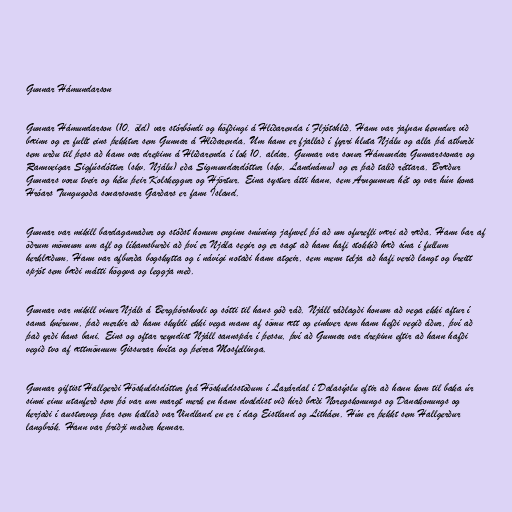
Gunnar Hámundarson

Gunnar Hámundarson (10. öld) var stórbóndi og höfðingi á Hlíðarenda í Fljótshlíð. Hann var jafnan kenndur við
bæinn og er fullt eins þekktur sem Gunnar á Hlíðarenda. Um hann er fjallað í fyrri hluta Njálu og alla þá atburði
sem urðu til þess að hann var drepinn á Hlíðarenda í lok 10. aldar. Gunnar var sonur Hámundar Gunnarssonar og
Rannveigar Sigfúsdóttur (skv. Njálu) eða Sigmundardóttur (skv. Landnámu) og er það talið réttara. Bræður
Gunnars voru tveir og hétu þeir Kolskeggur og Hjörtur. Eina systur átti hann, sem Arngunnur hét og var hún kona
Hróars Tungugoða sonarsonar Garðars er fann Ísland.

Gunnar var mikill bardagamaður og stóðst honum enginn snúning jafnvel þó að um ofurefli væri að ræða. Hann bar af
öðrum mönnum um afl og líkamsburði að því er Njála segir og er sagt að hann hafi stokkið hæð sína í fullum
herklæðum. Hann var afburða bogskytta og í návígi notaði hann atgeir, sem menn telja að hafi verið langt og breitt
spjót sem bæði mátti höggva og leggja með.

Gunnar var mikill vinur Njáls á Bergþórshvoli og sótti til hans góð ráð. Njáll ráðlagði honum að vega ekki aftur í
sama knérunn, það merkir að hann skyldi ekki vega mann af sömu ætt og einhver sem hann hefði vegið áður, því að
það yrði hans bani. Eins og oftar reyndist Njáll sannspár í þessu, því að Gunnar var drepinn eftir að hann hafði
vegið tvo af ættmönnum Gissurar hvíta og þeirra Mosfellinga.

Gunnar giftist Hallgerði Höskuldsdóttur frá Höskuldsstöðum í Laxárdal í Dalasýslu eftir að hann kom til baka úr
sinni einu utanferð sem þó var um margt merk en hann dvaldist við hirð bæði Noregskonungs og Danakonungs og
herjaði í austurveg þar sem kallað var Vindland en er í dag Eistland og Litháen. Hún er þekkt sem Hallgerður
langbrók. Hann var þriðji maður hennar.